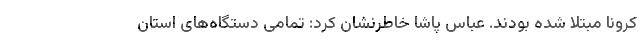
کرونا مبتلا شده بودند. عباس پاشا خاطرنشان کرد: تمامی دستگاه‌های استان